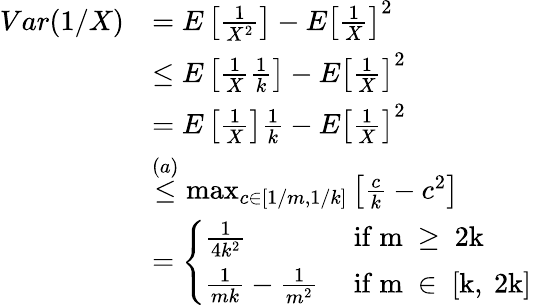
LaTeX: \begin{array}{rl}{Var(1/X)}&{=E\left[\frac{1}{X^{2}}\right]-E\left[\frac{1}{X}\right]^{2}}\\ &{\leq E\left[\frac{1}{X}\frac{1}{k}\right]-E\left[\frac{1}{X}\right]^{2}}\\ &{=E\left[\frac{1}{X}\right]\frac{1}{k}-E\left[\frac{1}{X}\right]^{2}}\\ &{\overset{(a)}{\leq}\operatorname*{max}_{c\in[1/m,1/k]}\left[\frac{c}{k}-c^{2}\right]}\\ &{=\left\{ \begin{array}{ll}{\frac{1}{4k^{2}}}&{\mathrm{~if~m~\geq~2k~}}\\ {\frac{1}{mk}-\frac{1}{m^{2}}}&{\mathrm{~if~m~\in~[k,~2k]~}}\end{array}\right.}\end{array}